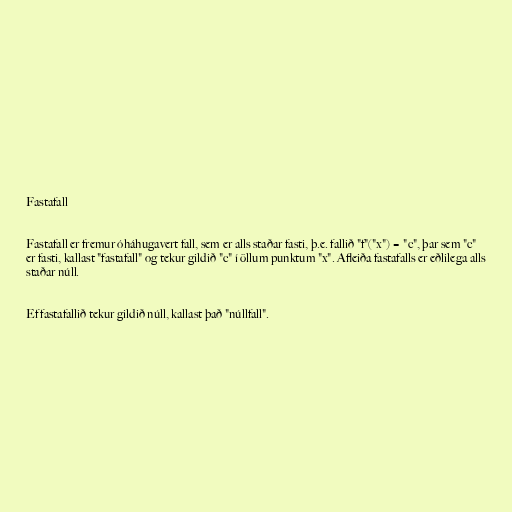
Fastafall

Fastafall er fremur óháhugavert fall, sem er alls staðar fasti, þ.e. fallið "f"("x") = "c", þar sem "c"
er fasti, kallast "fastafall" og tekur gildið "c" í öllum punktum "x". Afleiða fastafalls er eðlilega alls
staðar núll.

Ef fastafallið tekur gildið núll, kallast það "núllfall".